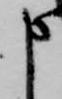
申